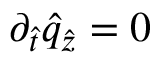
\partial _ { \hat { t } } \hat { q } _ { \hat { z } } = 0